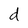
Character: d